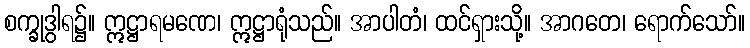
စက္ခုဒွါရ၌။ ဣဋ္ဌာရမဏေ၊ ဣဋ္ဌာရုံသည်။ အာပါတံ၊ ထင်ရှားသို့။ အာဂတေ၊ ရောက်သော်။